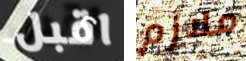
اقبل ملازم